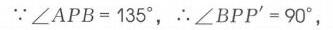
\(\because\angle APB = 135^{\circ}\)，\(\therefore\angle BPP' = 90^{\circ}\)，